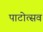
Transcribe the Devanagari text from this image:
पाटोत्सव